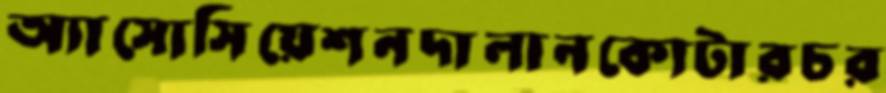
অ্যাসোসিয়েশনদালানকোটারচর